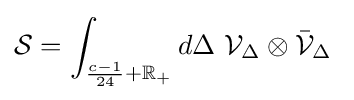
{\mathcal {S}}=\int _{{\frac {c-1}{24}}+\mathbb {R} _{+}}d\Delta \ {\mathcal {V}}_{\Delta }\otimes {\bar {\mathcal {V}}}_{\Delta }\